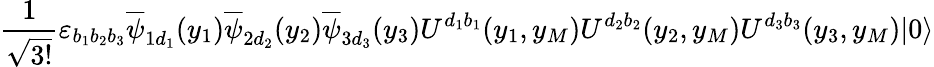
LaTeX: \frac{1}{\sqrt{3!}}\varepsilon_{b_{1}b_{2}b_{3}}\overline{{{\psi}}}_{1d_{1}}(y_{1})\overline{{{\psi}}}_{2d_{2}}(y_{2})\overline{{{\psi}}}_{3d_{3}}(y_{3})U^{d_{1}b_{1}}(y_{1},y_{M})U^{d_{2}b_{2}}(y_{2},y_{M})U^{d_{3}b_{3}}(y_{3},y_{M})|0\rangle